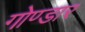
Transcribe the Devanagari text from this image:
गोण्डार